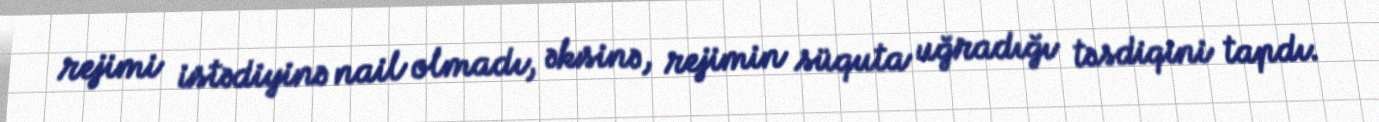
rejimi istədiyinə nail olmadı, əksinə, rejimin süquta uğradığı təsdiqini tapdı.